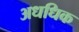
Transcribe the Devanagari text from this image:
अधधिक